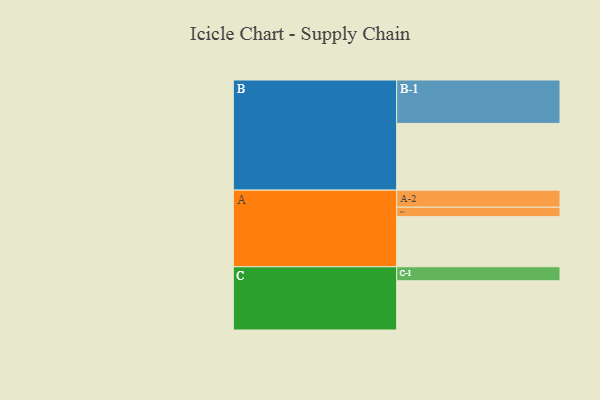
{"axis": {"x": "Segment", "y": "Value"}, "legend": ["", "A", "B", "C"], "data": [{"x": "A", "y": 329, "type": ""}, {"x": "B", "y": 438, "type": ""}, {"x": "C", "y": 323, "type": ""}, {"x": "A-1", "y": 62, "type": "A"}, {"x": "A-2", "y": 112, "type": "A"}, {"x": "B-1", "y": 285, "type": "B"}, {"x": "C-1", "y": 92, "type": "C"}]}